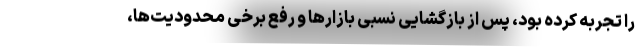
را تجربه کرده بود، پس از بازگشایی نسبی بازارها و رفع برخی محدودیت‌ها،